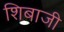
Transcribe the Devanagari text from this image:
शिबाजी